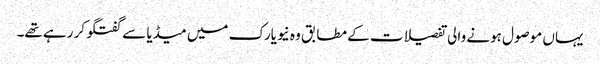
یہاں موصول ہونے والی تفصیلات کے مطابق وہ نیویارک میں میڈیا سے گفتگو کر رہے تھے۔